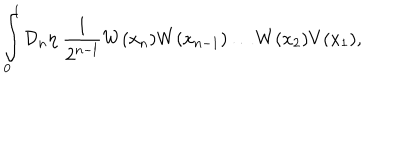
\int _ { 0 } ^ { 1 } { \cal D } _ { n } \eta \; \frac { 1 } { 2 ^ { n - l } } W ( x _ { n } ) W ( x _ { n - 1 } ) \dots W ( x _ { 2 } ) V ( x _ { 1 } ) ,